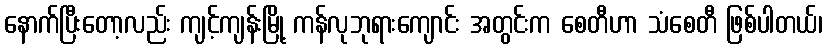
နောက်ပြီးတော့လည်း ကျင့်ကျန်းမြို့ ကန်လုဘုရားကျောင်း အတွင်းက စေတီဟာ သံစေတီ ဖြစ်ပါတယ်၊